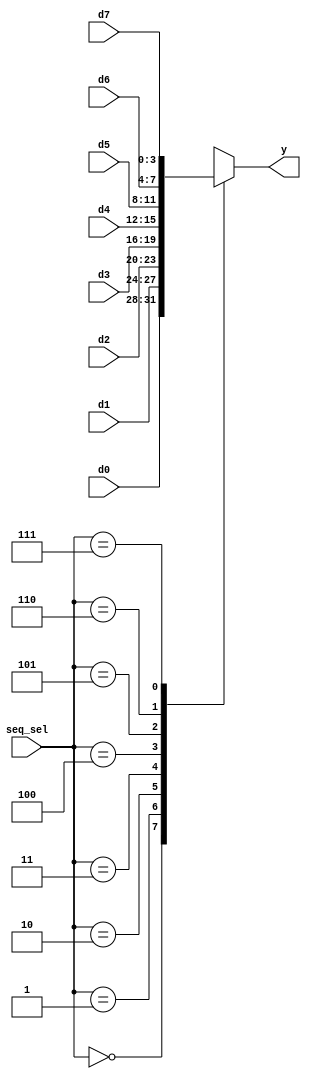
`timescale 1ns / 1ps
//****************************************************************//
//                                                                //
//  Class: CECS 360			                                       //
//  Project name: Project1_CECS360			                        //
//                                                                //
//  Created by Umar Khan 09/19/2017			.                       //
//                                                                //
//  Abstract: 8-to-1 4bit mux with 3 bit select(seq_sel).Output(y)//				  is always set to only one specific 4 bit input		//
//			 	  (d7,d6,d5,d4,d3,d2,d1,d0)									//
//            that is determined by the 3 bit select(seq_sel).		//
//****************************************************************//
////////////////////////////////////////////////////////////////////
module ad_mux(seq_sel, d0, d1, d2, d3, d4, d5, d6, d7, y);
   
	input    [2:0]    seq_sel;
   input    [15:12]  d0;  
   input    [11:8]   d1;  
   input    [7:4]    d2;  
   input    [3:0]    d3;  
   input    [15:12]  d4;  
   input    [11:8]   d5;  
   input    [7:4]    d6;    
   input    [3:0]    d7;       
   
	output   [3:0]    y;     //output to the hex_to_7seg
   
	reg      [3:0]    y;
   
   always @(*) begin
      case(seq_sel)
         3'b000:     y = d0;
         3'b001:     y = d1;
         3'b010:     y = d2;
         3'b011:     y = d3;
         3'b100:     y = d4;    
         3'b101:     y = d5;    
         3'b110:     y = d6;
         3'b111:     y = d7;
      endcase
   end
   
endmodule